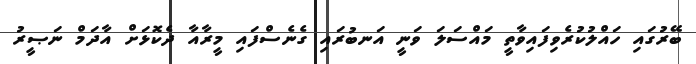
ބޭރުގައި ހައްލުކުރެވިފައިވާތީ މައްސަލަ ވަނީ އަނބުރައި ގެނެސްފައި މީރާއާ ދެކޮޅަށް އާދަމް ނަޞީރު